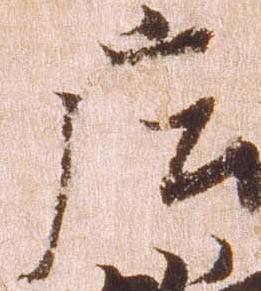
庄